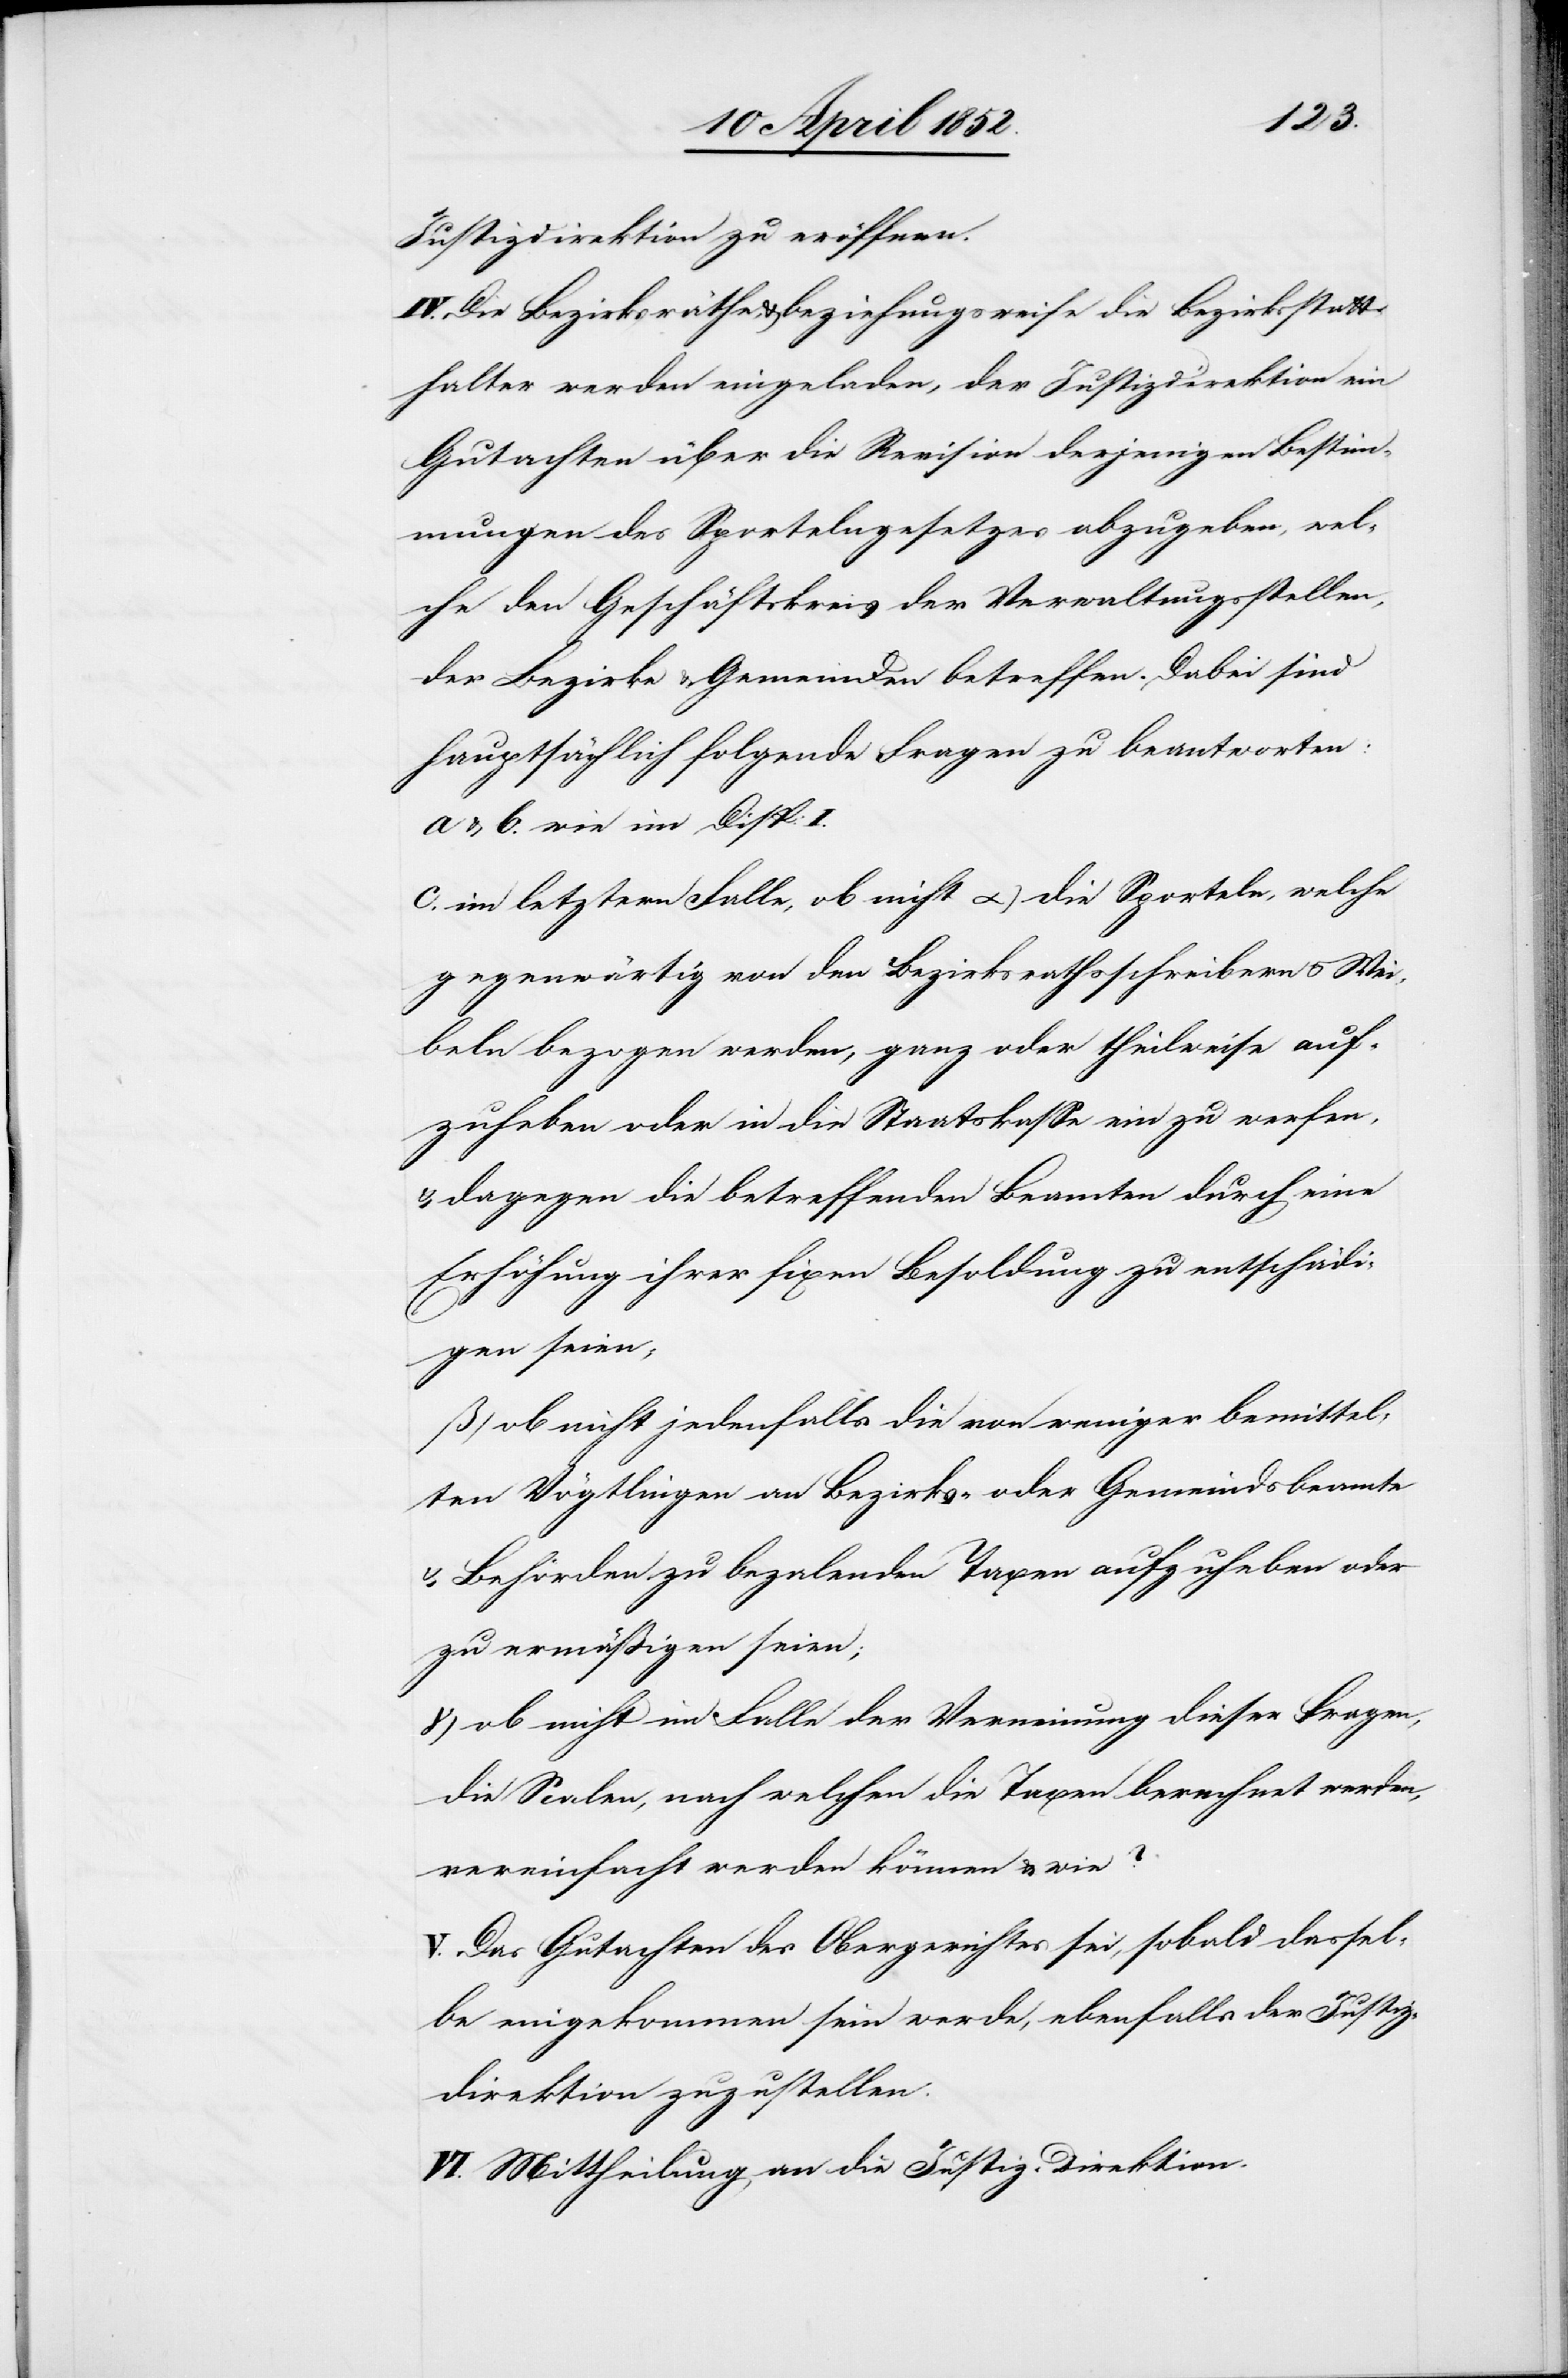
Justizdirektion zu eröffnen.
IV. Die Bezirksräthe & beziehungsweise die Bezirksstatt¬
halter werden eingeladen, der Justizdirektion ein
Gutachten über die Revision derjenigen Bestim¬
mungen des Sportelngesetzes abzugeben, wel¬
che den Geschäftskreis der Verwaltungsstellen,
der Bezirke & Gemeinden betreffen. Dabei sind
hauptsächlich folgende Fragen zu beantworten:
a & b. wie im Disp: I.
c. im letztern Falle, ob nicht α) die Sporteln, welche
gegenwärtig von den Bezirksrathsschreibern & Wei¬
beln bezogen werden, ganz oder theilweise auf¬
zuheben oder in die Staatskasse ein zu werfen,
& dagegen die betreffenden Beamten durch eine
Erhöhung ihrer fixen Besoldung zu entschädi¬
gen seien;
ob nicht jedenfalls die von weniger bemittel¬
ten Vögtlingen an Bezirks- oder Gemeindsbeamte
& Behörden zu beza[h]lenden Taxen aufzuheben oder
zu ermäßigen seien;
γ) ob nicht im Falle der Verneinung dieser Fragen,
die Scalen, nach welchen die Taxen berechnet werden,
vereinfacht werden können & wie?
Das Gutachten des Obergerichtes sei, sobald dassel¬
be eingekommen sein werde, ebenfalls der Justiz¬
direktion zuzustellen.
VI. Mittheilung, an die Justiz-Direktion.